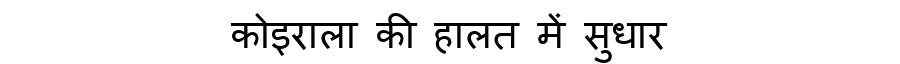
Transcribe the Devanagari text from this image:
कोइराला की हालत में सुधार